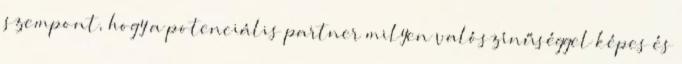
szempont, hogy a potenciális partner milyen valószínűséggel képes és